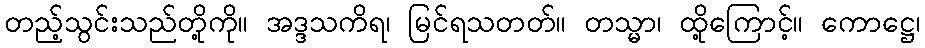
တည့်သွင်းသည်တို့ကို။ အဒ္ဒသကိရ၊ မြင်ရသတတ်။ တသ္မာ၊ ထို့ကြောင့်။ ကောဋ္ဌေ၊